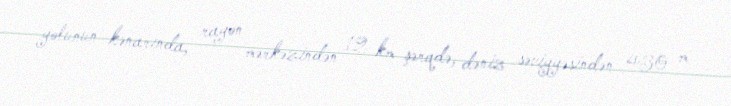
yolunun kənarında, rayon mərkəzindən 12 km şərqdə, dəniz səviyyəsindən 430 m